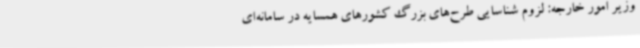
وزیر امور خارجه: لزوم شناسایی طرح‌های بزرگ کشورهای همسایه در سامانه‌ای